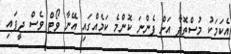
އެކަމަކު މުސްތޮފާ އަށް ފެންނަ ކޮންމެ ކަމެއްގައި އޭނާ ވޯޓް ވެސް ދީފައި